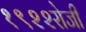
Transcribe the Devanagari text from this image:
१९२२रोजी